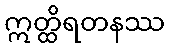
ဣတ္ထိရတနဿ